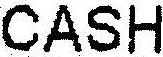
CASH